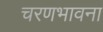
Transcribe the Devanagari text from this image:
चरणभावना